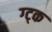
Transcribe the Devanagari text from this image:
ग्ट्क